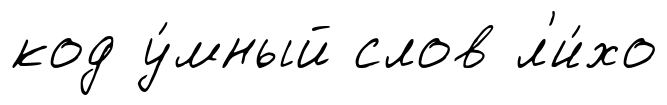
код у́мный слов л'и́хо